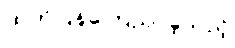
ထုတ်ပြန်ကြေညာခဲ့သည့်